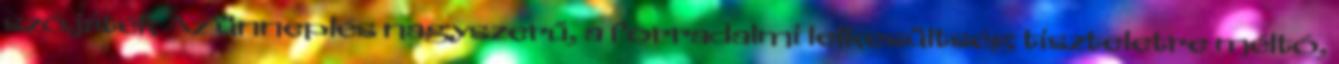
szójáték Az ünneplés nagyszerű, a forradalmi lelkesültség tiszteletre méltó,